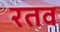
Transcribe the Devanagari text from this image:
रतव